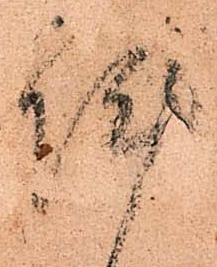
陣